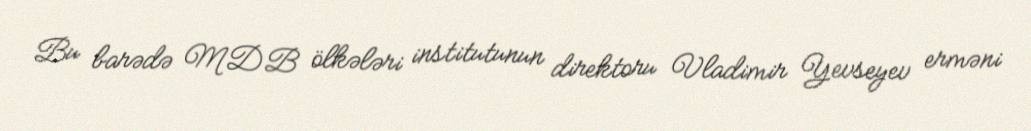
Bu barədə MDB ölkələri institutunun direktoru Vladimir Yevseyev erməni